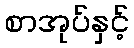
စာအုပ်နှင့်